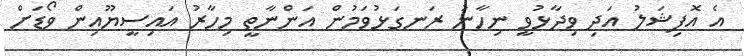
އެ އޮފިޝަލު އަދި ވިދާޅުވީ ނިހާނު ރަނގަޅުވަމުން އަންނާތީ މިހާރު އައިސީޔޫއިން ވޯޑަށް